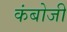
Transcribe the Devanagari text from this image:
कंबोजी